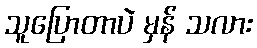
သူပြောတာပဲ မှန် သလား